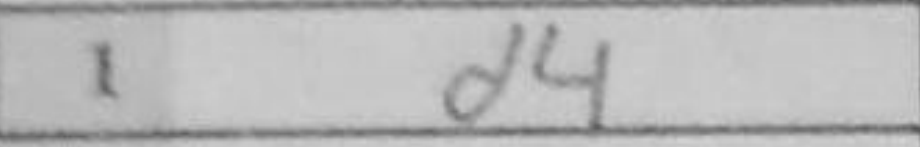
Transcription: d4